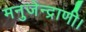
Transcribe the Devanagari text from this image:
मनुजेन्द्राणी।